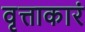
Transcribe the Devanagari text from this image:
वृत्ताकारं